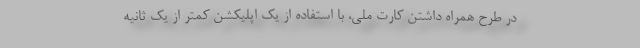
در طرح همراه داشتن کارت ملی، با استفاده از یک اپلیکشن کمتر از یک ثانیه